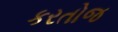
કરતોજ